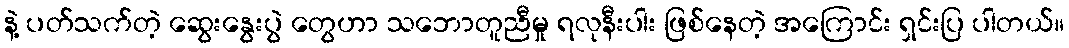
နဲ့ ပတ်သက်တဲ့ ဆွေးနွေးပွဲ တွေဟာ သဘောတူညီမှု ရလုနီးပါး ဖြစ်နေတဲ့ အကြောင်း ရှင်းပြ ပါတယ်။